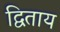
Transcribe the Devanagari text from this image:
द्विताय